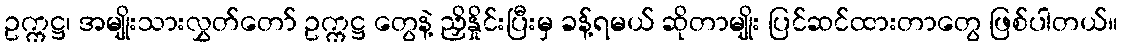
ဥက္ကဋ္ဌ၊ အမျိုးသားလွှတ်တော် ဥက္ကဋ္ဌ တွေနဲ့ ညှိနှိုင်းပြီးမှ ခန့်ရမယ် ဆိုတာမျိုး ပြင်ဆင်ထားတာတွေ ဖြစ်ပါတယ်။